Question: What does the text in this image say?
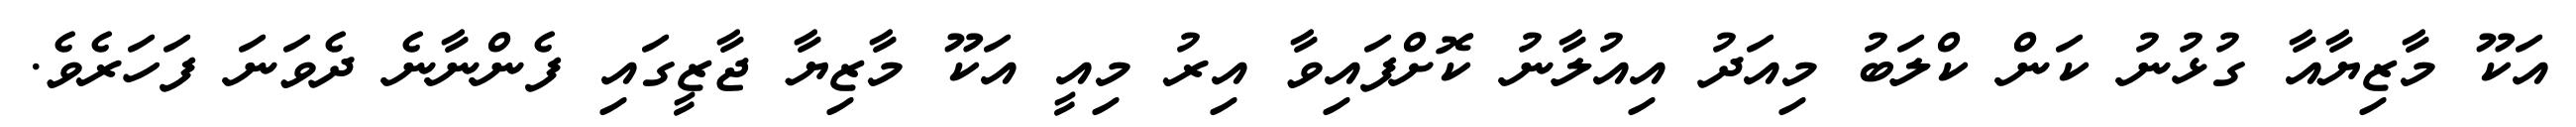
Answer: އަކޫ މާޒިޔާއާ ގުޅުނު ކަން ކްލަބު މިއަދު އިއުލާނު ކޮށްފައިވާ އިރު މިއީ އަކޫ މާޒިޔާ ޖާޒީގައި ފެންނާނެ ދެވަނަ ފަހަރެވެ.